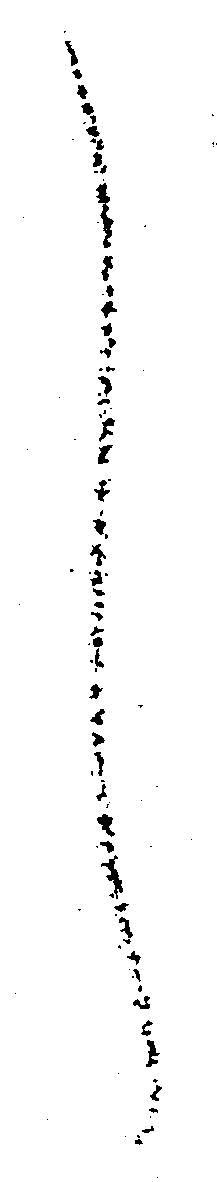
し